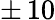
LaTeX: \pm\, 10